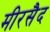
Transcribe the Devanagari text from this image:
मीरसैद